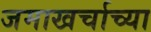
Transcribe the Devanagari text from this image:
जमाखर्चाच्या